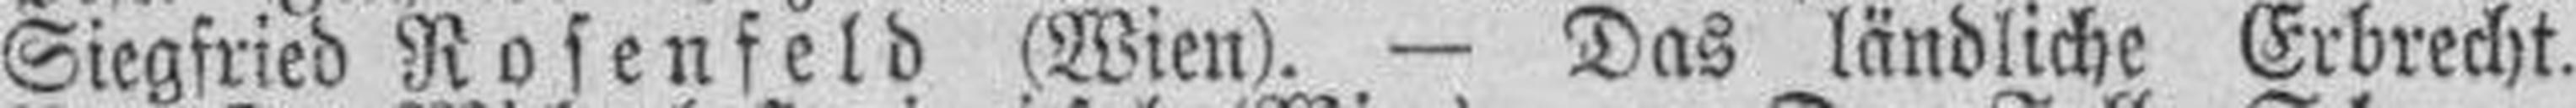
Siegfried Rosenfeld (Wien). — Das ländliche Erbrecht.